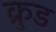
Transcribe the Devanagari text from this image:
क्रुड